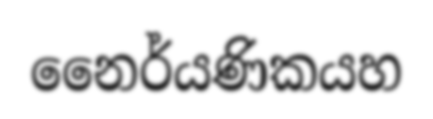
නෛර්යණිකයහ